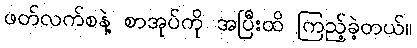
ဖတ်လက်စနဲ့ စာအုပ်ကို အပြီးထိ ကြည့်ခဲ့တယ်။